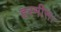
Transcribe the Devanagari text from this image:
हरमीस।